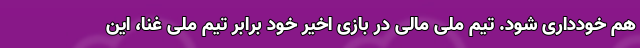
هم خودداری شود. تیم ملی مالی در بازی اخیر خود برابر تیم ملی غنا، این